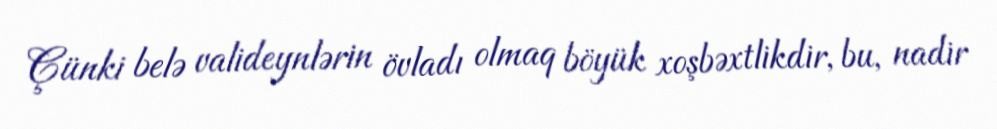
Çünki belə valideynlərin övladı olmaq böyük xoşbəxtlikdir, bu, nadir